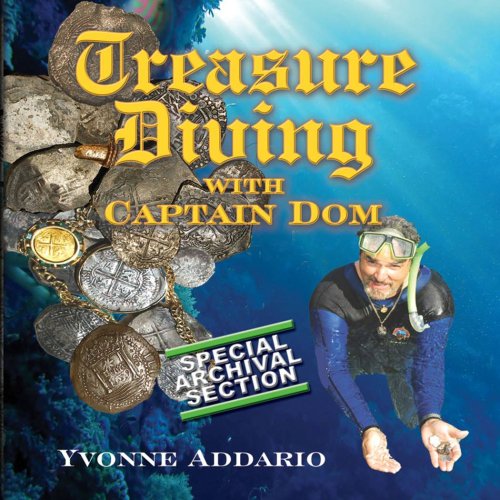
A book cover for Treasure Diving With Captain Dom; Yvonne Addario; Teen & Young Adult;